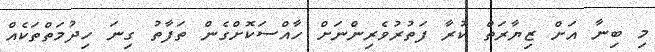
މި ބިނާ އަށް ޒިޔާރަތް ކުރާ ފަތުރުވެރިންނަށް ހާއްސަކޮށްގެން ތަފާތު ގިނަ ހިދުމަތްތަކެއް